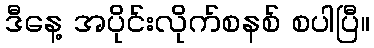
ဒီနေ့ အပိုင်းလိုက်စနစ် စပါပြီ။